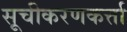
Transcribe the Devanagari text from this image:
सूचीकरणकर्त्ता